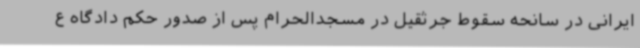
ایرانی در سانحه سقوط جرثقیل در مسجدالحرام پس از صدور حکم دادگاه ع